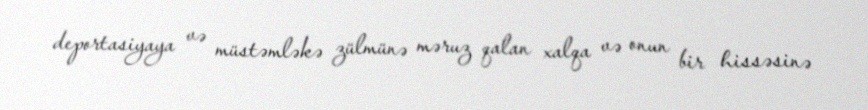
deportasiyaya və müstəmləkə zülmünə məruz qalan xalqa və onun bir hissəsinə